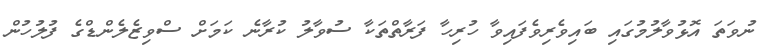
ނުވަތަ އޮޅުވާލުމުގައި ބައިވެރިވެފައިވާ ހުރިހާ ފަރާތްތަކާ ސުވާލު ކުރާނެ ކަމަށް ސްވިޒެލެންޑްގެ ފުލުހުން